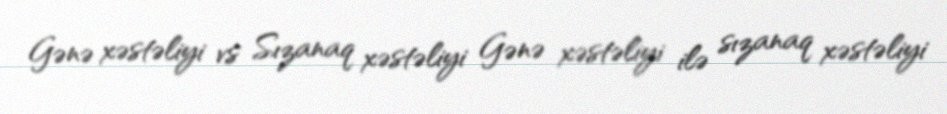
Gənə xəstəliyi vs Sızanaq xəstəliyi Gənə xəstəliyi ilə sızanaq xəstəliyi